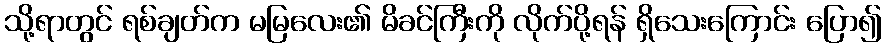
သို့ရာတွင် ရစ်ချတ်က မမြလေး၏ မိခင်ကြီးကို လိုက်ပို့ရန် ရှိသေးကြောင်း ပြော၍